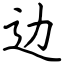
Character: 边